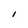
Character: I